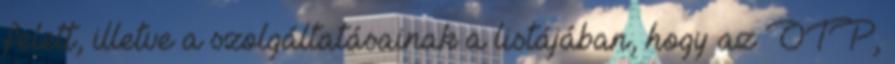
felett, illetve a szolgáltatásainak a listájában, hogy az OTP,